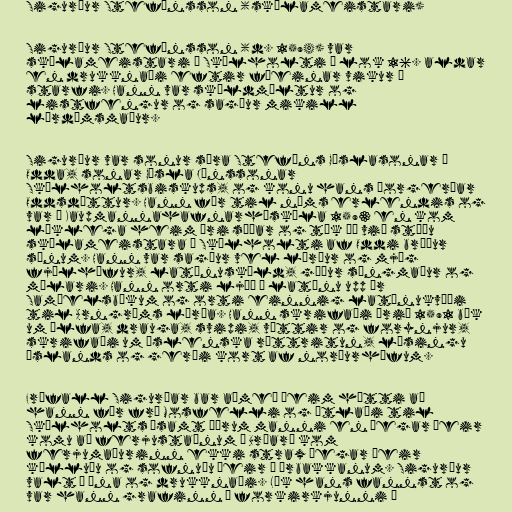
Sigurður Stefánsson (skólameistari)

Sigurður Stefánsson (d. 1594) var
skólameistari í Skálholti í lok 16. aldar
en drukknaði eftir fáeinar vikur í
starfi. Hann var skáldmæltur og
listfengur og sagður mikill
lærdómsmaður.

Sigurður var sonur séra Stefáns Gíslasonar í
Odda, sonar Gísla Jónssonar
Skálholtsbiskups, og konu hans Þorgerðar
Oddsdóttur. Hann fór til náms erlendis og
var í Kaupmannahafnarháskóla 1593 en kom
líklega heim ári síðar og tók þá við stöðu
skólameistara í Skálholti af Oddi bróður
sínum. Hann var sagður vel lærður og mjög
fjölhæfur, latínuskáld, góður söngmaður og
málari. Hann orti ljóð á latínu upp úr
Samúelsbókum og orti einnig latínukvæði
til Arngríms lærða. Hann skrifaði árið 1591 bók
um álfa, drauga, svipi, vættir og forynjur,
skrifaði um íslenska réttritun, lýsingu
Íslands og gerði kort af norðurhöfum.

Fráfall Sigurðar bar aðmeð þeim hætti að
hann fór frá Mosfelli og ætlaði til
Skálholts ásamt öðrum manni en þegar þeir
komu að ferjustaðnum á Brúará kom
ferjumaðurinn ekki strax þegar þeir
kölluðu og sofnuðu þeir á árbakkanum. Sigurður
valt í ána og drukknaði. Lík hans fannst og
var hann grafinn í forkirkjunni í